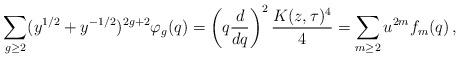
LaTeX: \begin{align*}\sum_{g \geq 2} (y^{1/2} + y^{-1/2})^{2g+2} \varphi_g(q) =\left( q \frac{d}{dq} \right)^2 \frac{K(z,\tau)^4}{4} = \sum_{m \geq 2} u^{2m} f_m(q) \,,\end{align*}